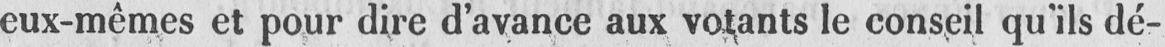
eux-mêmes et pour dire d’avance aux votants le conseil qu’ils dé-